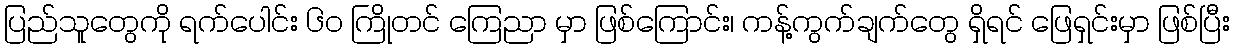
ပြည်သူတွေကို ရက်ပေါင်း ၆၀ ကြိုတင် ကြေညာ မှာ ဖြစ်ကြောင်း၊ ကန့်ကွက်ချက်တွေ ရှိရင် ဖြေရှင်းမှာ ဖြစ်ပြီး